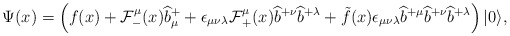
\begin{align*}\Psi(x)=\left(f(x)+{\cal F}^{\mu}_-(x)\widehat{b}{}^+_\mu+\epsilon_{\mu\nu\lambda}{\cal F}{}^\mu_+(x)\widehat{b}{}^{+\nu}\widehat{b}{}^{+\lambda}+\tilde{f}(x)\epsilon_{\mu\nu\lambda}\widehat{b}{}^{+\mu}\widehat{b}{}^{+\nu}\widehat{b}{}^{+\lambda}\right)|0\rangle,\end{align*}